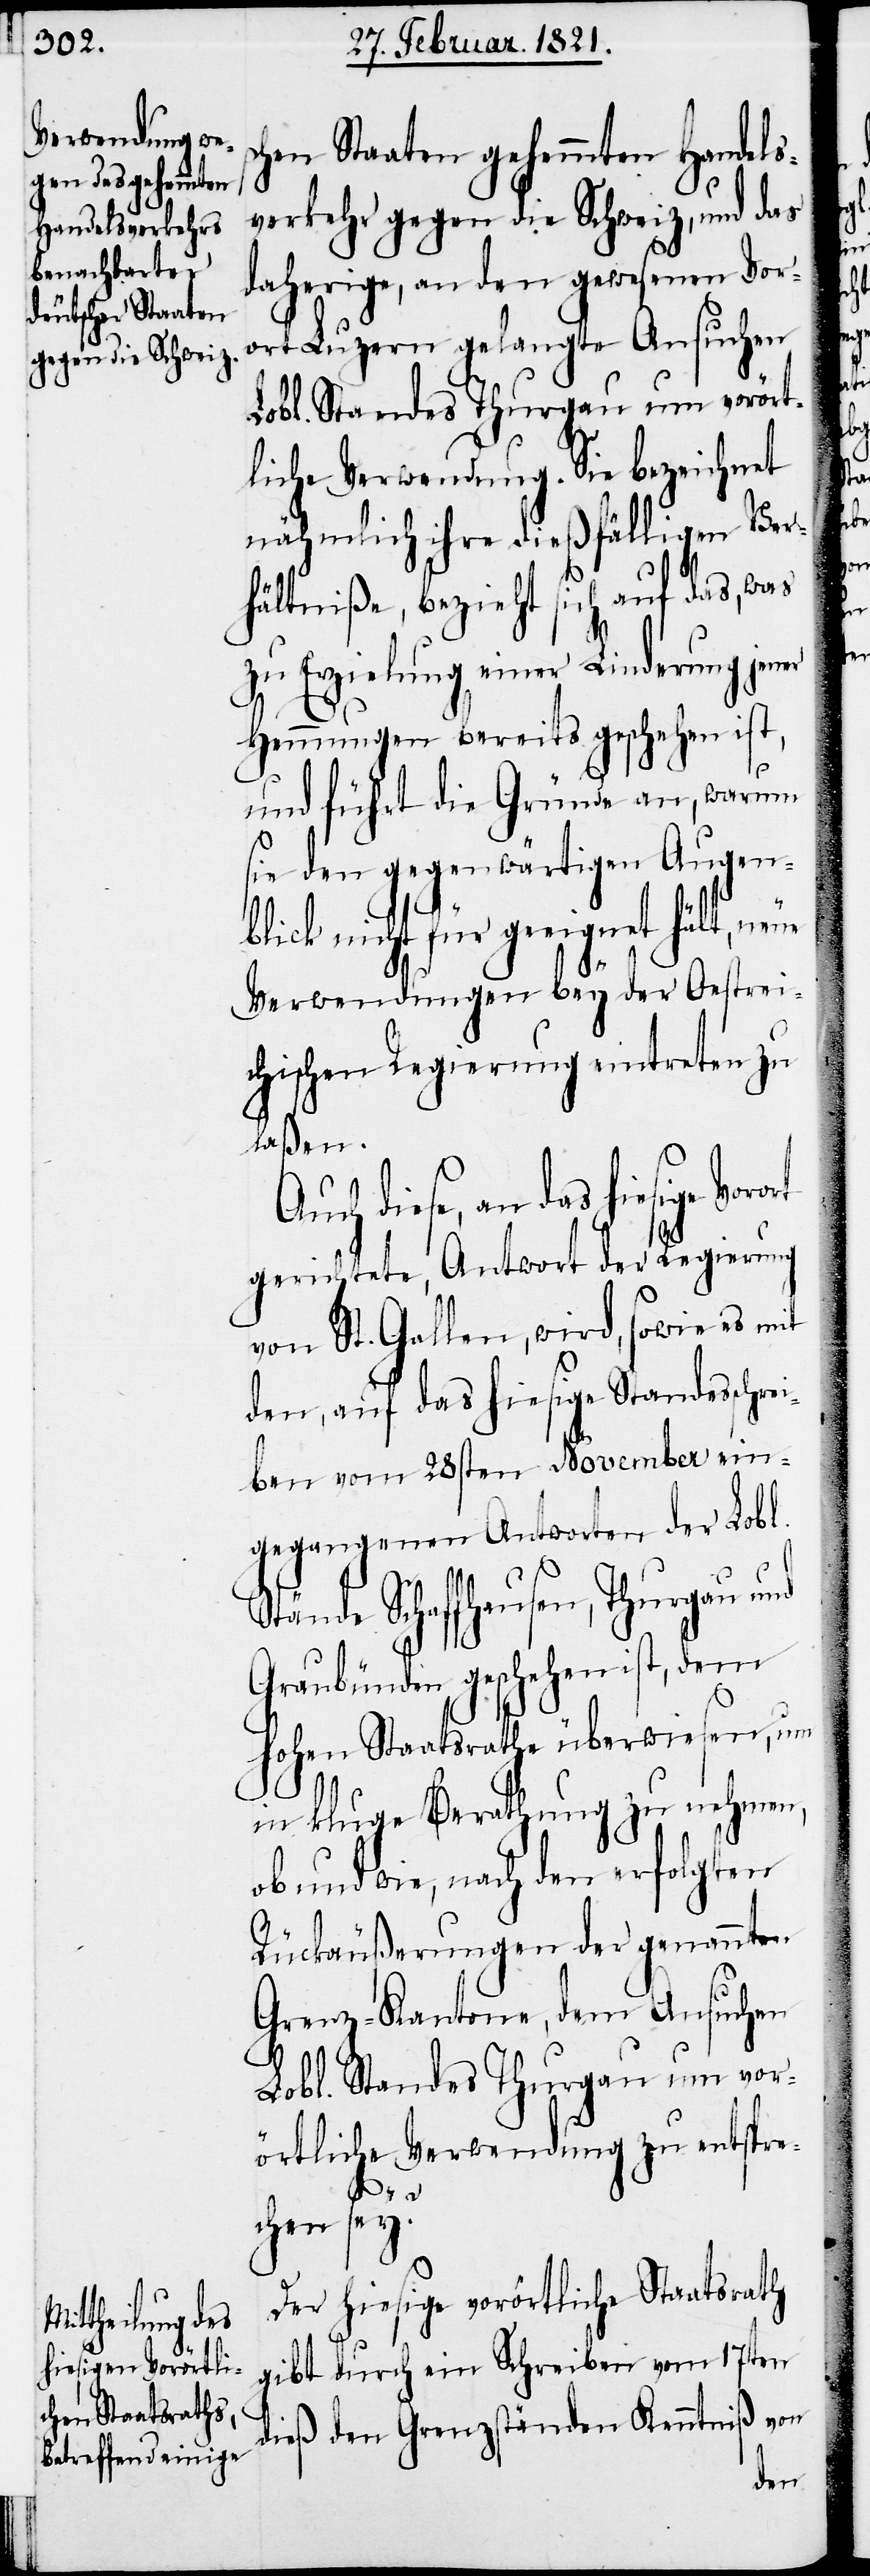
chen Staaten gehemmten Handels¬
verkehr gegen die Schweiz, und das
daherige, an den gewesenen Vor¬
ort Luzern gelangte Ansuchen
Lobl. Standes Thurgau um vorört¬
liche Verwendung. Sie bezeichnet
nähmlich ihre dießfälligen Ver¬
hältniße, bezieht sich auf das, was
zu Erzielung einer Linderung jener
Hemmungen bereits geschehen ist,
und führt die Gründe an, warum
sie den gegenwärtigen Augen¬
nicht für geeignet hält, n¬
Verwendungen bey der Oestrei¬
chischen Regierung eintreten zu
laßen.
Auch diese, an das hiesige
gerichtete Antwort der Regierung
von St. Gallen, wird, sowie es mit
den, auf das hiesige Standesschr¬
eiben vom 28sten November ein¬
gegangenen Antworten der Lobl.
Stände Schaffhausen, Thurgau und
Graubünden geschehen ist, dem
hohen Staatsrathe überwiesen, um
in kluge Berathung zu nehmen,
ob und wie, nach den erfolgten
Rückäußerungen der genannten
Grenz-Kantone, dem Ansuchen
Lobl. Standes Thurgau um vor¬
örtliche Verwendung zu entspre¬
s¬
chen sey?
Der hiesige vorörtliche Staatsrath
gibt durch ein Scheiben vom 17ten
dieß den Grenzständen Kenntniß von

eue